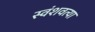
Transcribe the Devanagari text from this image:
स्वंशवत्या